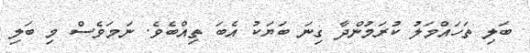
ބަލި ތަހައްމަލު ކުރަމުންދާ ގިނަ ބަޔަކު އެބަ ތިއްބެވެ. ނަމަވެސް މި ބަލި